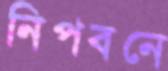
নিপবনে